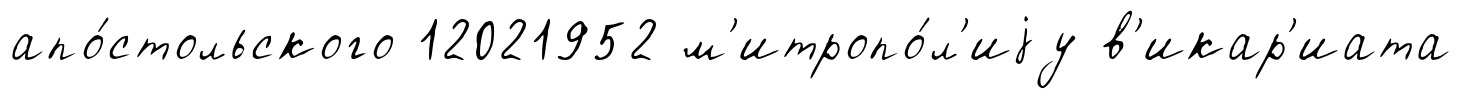
апо́стольского 12021952 м'итропо́л'иjу в'икар'иата